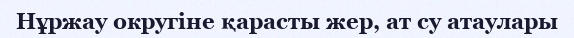
Нұржау округіне қарасты жер, ат су атаулары